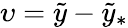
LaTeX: \upsilon=\tilde{y}-\tilde{y}_{\ast}